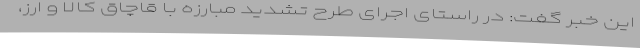
این خبر گفت: در راستای اجرای طرح تشدید مبارزه با قاچاق کالا و ارز،